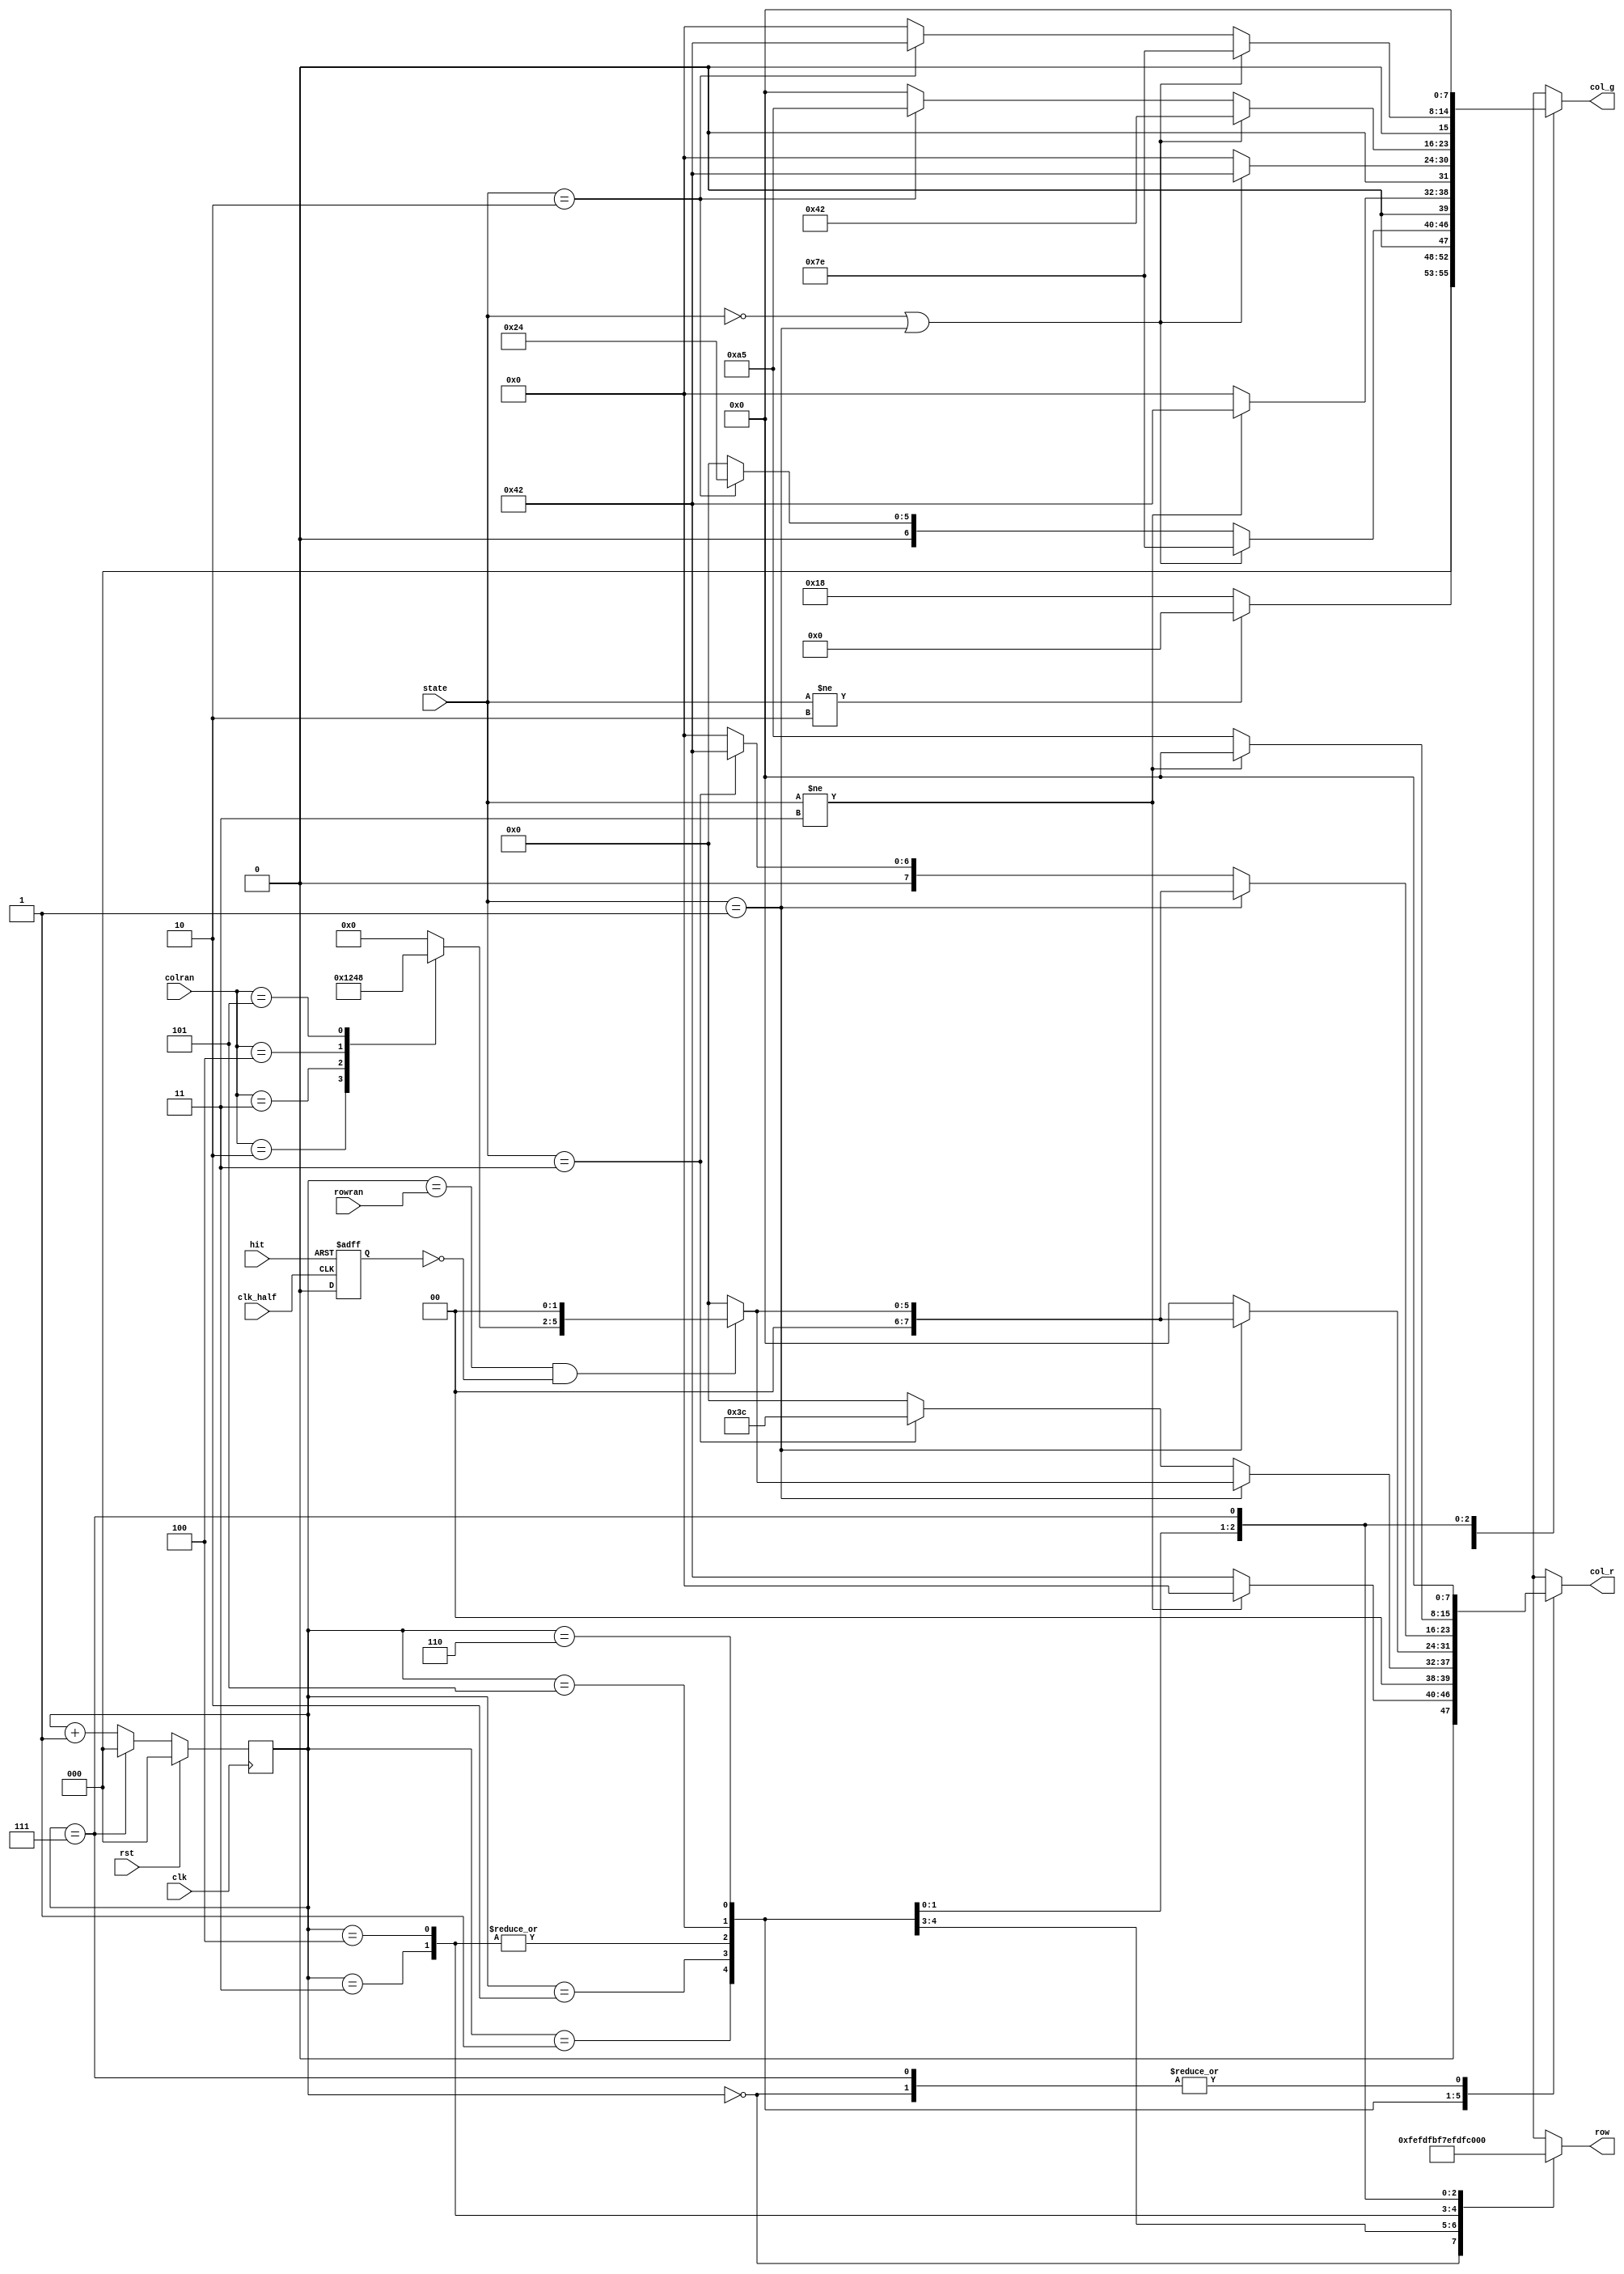
module led_88(clk,clk_half,rst,hit,row,col_r,col_g,state,rowran,colran);	//500Hz
input clk,clk_half,rst,hit;
input [2:0] rowran,colran;
output reg [7:0] row,col_r,col_g;
input [1:0] state;
reg [2:0] cnt;
reg hit_tmp;
reg [3:0] col_4;

always @(colran)               //
begin
	case(colran)
	3'b010: col_4=4'b0001;      //colran=2
	3'b011: col_4=4'b0010;
	3'b100: col_4=4'b0100;
	3'b101: col_4=4'b1000;
	default: col_4=4'b0000;
	endcase
end
always@(posedge clk_half or posedge hit)  //
begin
 if(hit)
 begin
  hit_tmp=1;      //controllerhit1,hit_tmp1
 end
 else hit_tmp=0;                //0.5Hzhit_tmp=0
end
always@(posedge clk)	         //500Hzcnt=0~707
begin
	if(rst)	cnt<=0;
	else if(cnt==3'b111) cnt<=0;
	else	cnt<=cnt+1;
end
always @(cnt or state or col_4 or rowran or hit_tmp)   
//
begin
	case(cnt)		//
	3'b000:begin
		row=8'b1111_1110;
		if(state!=2'b10) col_g=8'h00;
		else col_g=8'b0001_1000;
		col_r=8'h00;
	end
	3'b001:begin
		row=8'b1111_1101;
		if(state==2'b00||state==2'b01) col_g=8'b0111_1110;
		else if(state==2'b10) col_g=8'b0010_0100;
		else col_g=8'h00;
		if(state!=2'b11) col_r=8'h00;
		else col_r=8'b0100_0010;
	end
	3'b010:begin
		row=8'b1111_1011;
		if(state!=2'b11) col_g=8'b0100_0010;
		else col_g=8'h00;
		if(state==2'b01) begin
			if(cnt==rowran&&!hit_tmp) begin
				col_r={2'b00,col_4,2'b00};	
			end
			else col_r=8'h00;
		end
		else if(state==2'b11) col_r=8'b0011_1100;
		else col_r=8'h00;
	end
	3'b011:begin
		row=8'b1111_0111;
		if(state==2'b00||state==2'b01) col_g=8'b0100_0010;
		else col_g=8'h00;
		if(state==2'b01) begin
			if(cnt==rowran&&!hit_tmp) begin
				col_r={2'b00,col_4,2'b00};
			end
			else col_r=8'h00;
		end
		else col_r=8'h00;
	end
	3'b100:begin
		row=8'b1110_1111;
		if(state==2'b00||state==2'b01) col_g=8'b0100_0010;
		else col_g=8'h00;
		if(state==2'b01) begin
			if(cnt==rowran&&!hit_tmp) begin
				col_r={2'b00,col_4,2'b00};
			end
			else col_r=8'h00;
		end
		else col_r=8'h00;
	end
	3'b101:begin
		row=8'b1101_1111;
		if(state==2'b00||state==2'b01) col_g=8'b0100_0010;
		else if(state==2'b10) col_g=8'b1010_0101;
		else col_g=8'h00;
		if(state==2'b01) begin
			if(cnt==rowran&&!hit_tmp) begin
				col_r={2'b00,col_4,2'b00};
			end
			else col_r=8'h00;
		end
		else if(state==2'b11) col_r=8'b0100_0010;
		else col_r=8'h00;
	end
	3'b110:begin
		row=8'b1011_1111;
		if(state==2'b00||state==2'b01) col_g=8'b0111_1110;
		else if(state==2'b10) col_g=8'b0100_0010;
		else col_g=8'h00;
		if(state!=2'b11) col_r=8'h00;
		else col_r=8'b1010_0101;
	end
	3'b111:begin
		row=8'b0111_1111;
		col_g=8'h00;
		col_r=8'h00;
	end
endcase
end

endmodule